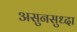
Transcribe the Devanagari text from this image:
असुनसुध्दा